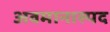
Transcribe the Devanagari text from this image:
अवमानास्पद